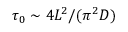
\tau _ { 0 } \sim 4 L ^ { 2 } / ( \pi ^ { 2 } D )